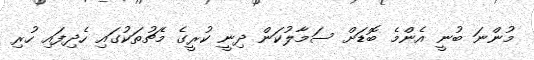
މުންނަ ބުނީ އެންމެ ބޮޑަށް ސަމާލުކަން ދިނީ ކުރީގެ މެޗުތަކުގައި ހެދިފައި ހުރި